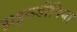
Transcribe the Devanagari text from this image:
हाइरूडीनिया